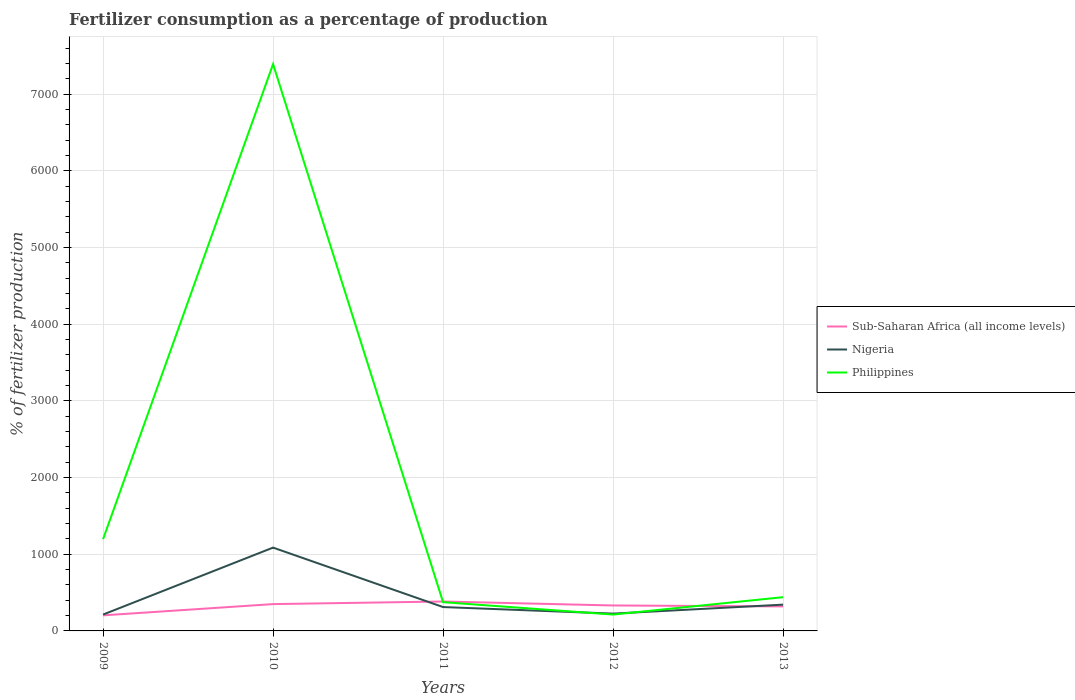
| Years | Sub-Saharan Africa (all income levels) | Nigeria | Philippines |
 | --- | --- | --- | --- |
 | 2009 | 203 | 214 | 1.2e+03 |
 | 2010 | 350 | 1.09e+03 | 7.39e+03 |
 | 2011 | 384 | 311 | 375 |
 | 2012 | 332 | 226 | 214 |
 | 2013 | 319 | 343 | 440 |